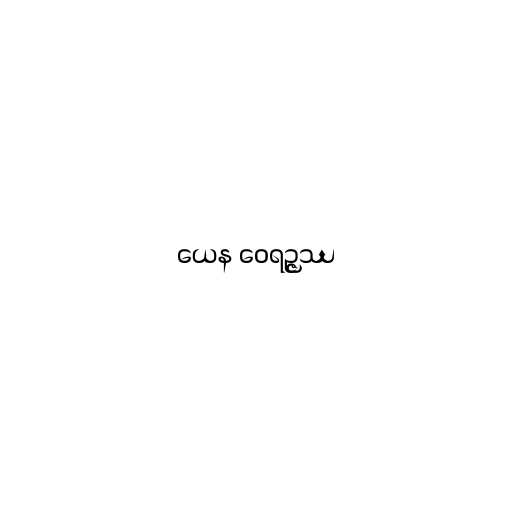
ယေန ဝေရဉ္ဇဿ